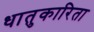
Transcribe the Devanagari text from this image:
धातुकारिता